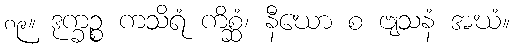
၈၉။ ဒုက္ခဉ္စ ကသိရံ ကိစ္ဆံ၊ နီဃော စ ဗျသနံ အဃံ။